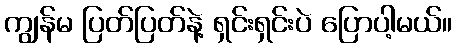
ကျွန်မ ပြတ်ပြတ်နဲ့ ရှင်းရှင်းပဲ ပြောပါ့မယ်။